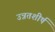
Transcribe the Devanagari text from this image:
उन्नतशीर्ष